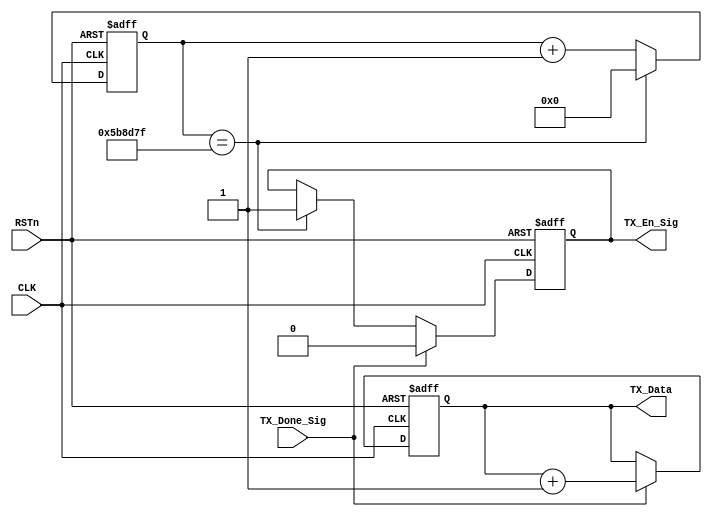
module control_module
(
	CLK,RSTn,
	TX_Done_Sig,
	TX_En_Sig,
	TX_Data
);

input CLK;
input RSTn;
input TX_Done_Sig;
output TX_En_Sig;
output [7:0] TX_Data;

/*************************/
parameter T1S =25'd05_999_999;

/**************************/
 
reg [24:0] Count_Sec;

always @(posedge CLK or negedge RSTn)
if(!RSTn)
	Count_Sec <= 25'd0;
else if(Count_Sec == T1S)
	Count_Sec <= 25'd0;
else
	Count_Sec <= Count_Sec + 1'b1;
	
/*************************************/

reg isEn;
reg [7:0] rData;

always @(posedge CLK or negedge RSTn)
if(!RSTn)
	begin
		isEn <= 1'b0;
		rData <= 8'h32;
	end
else if (TX_Done_Sig)
	begin
		rData <= rData + 1'b1;
		isEn <= 1'b0;
	end
else if(Count_Sec == T1S)
	isEn <= 1'b1;
	
/*************************************/

assign TX_Data = rData;
assign TX_En_Sig = isEn;

endmodule